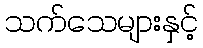
သက်သေများနှင့်